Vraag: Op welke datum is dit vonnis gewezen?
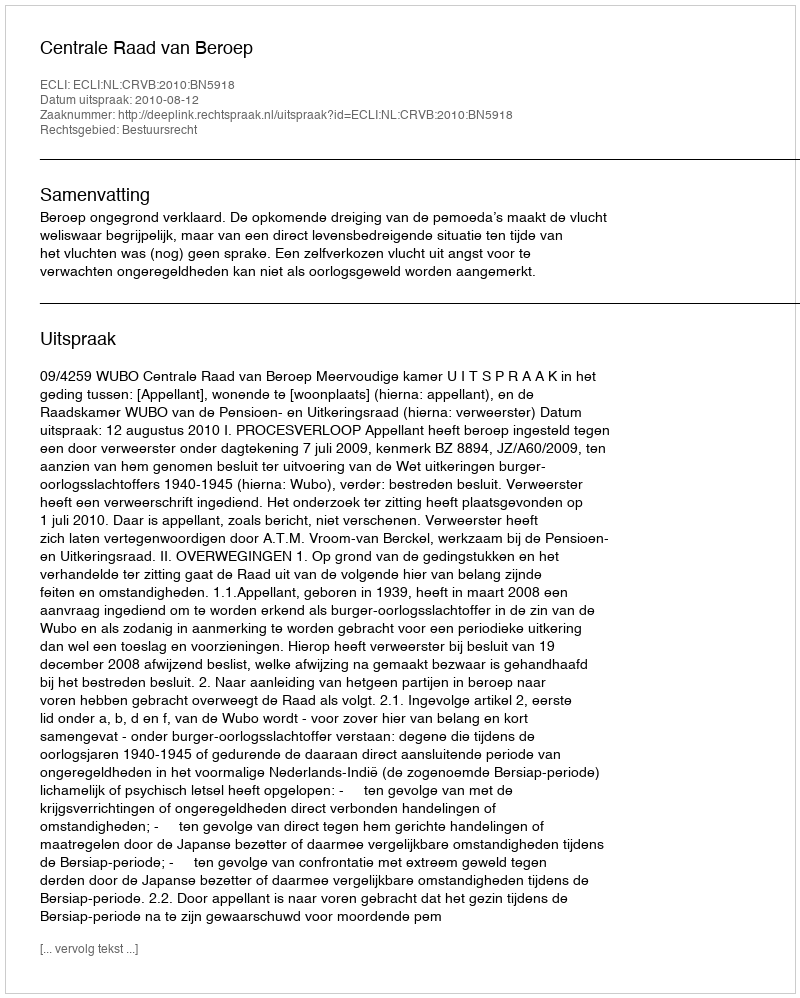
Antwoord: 2010-08-12